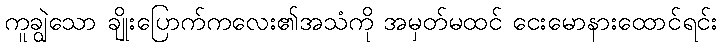
ကူချွဲသော ချိုးပြောက်ကလေး၏အသံကို အမှတ်မထင် ငေးမောနားထောင်ရင်း